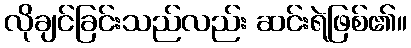
လိုချင်ခြင်းသည်လည်း ဆင်းရဲဖြစ်၏။